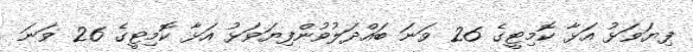
ފިޔަވަޅު އަޅާ ކޮމިޓީގެ 26 ވަނަ ބައްދަލުވުންފިޔަވަޅު އަޅާ ކޮމިޓީގެ 26 ވަނަ